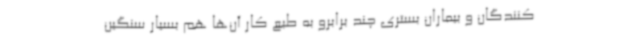
کنندگان و بیماران بستری چند برابرو به طبع کار آن‌ها هم بسیار سنگین